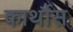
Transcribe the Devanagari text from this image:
कार्थौस